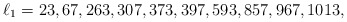
\begin{align*}\ell_1 =23,67,263,307,373,397,593,857,967,1013,\end{align*}